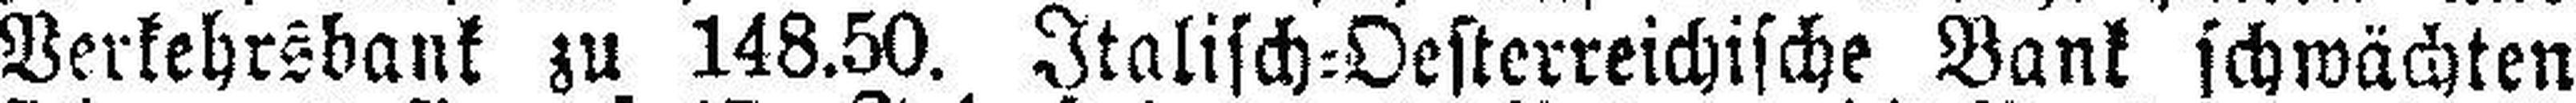
Verkehrsbank zu 148.50. Italisch=Oesterreichische Bank schwächten